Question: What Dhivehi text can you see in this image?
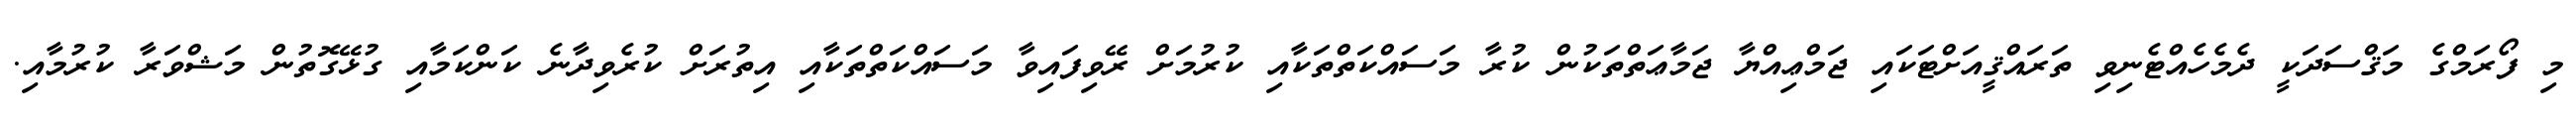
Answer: މި ފޯރަމްގެ މަޤްސަދަކީ ދެމެހެއްޓެނިވި ތަރައްޤީއަށްޓަކައި ޖަމްޢިއްޔާ ޖަމާޢަތްތަކުން ކުރާ މަސައްކަތްތަކާއި ކުރުމަށް ރޭވިފައިވާ މަސައްކަތްތަކާއި އިތުރަށް ކުރެވިދާނެ ކަންކަމާއި ގުޅޭގޮތުން މަޝްވަރާ ކުރުމާއި.